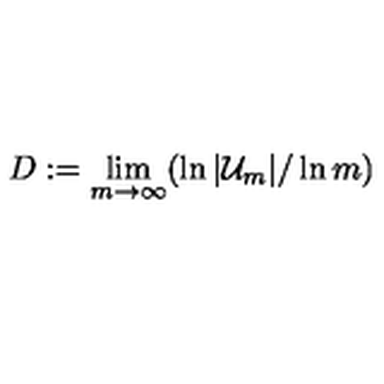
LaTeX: D : = \lim _ { m \to \infty } ( \ln | { \cal U } _ { m } | / \ln m )